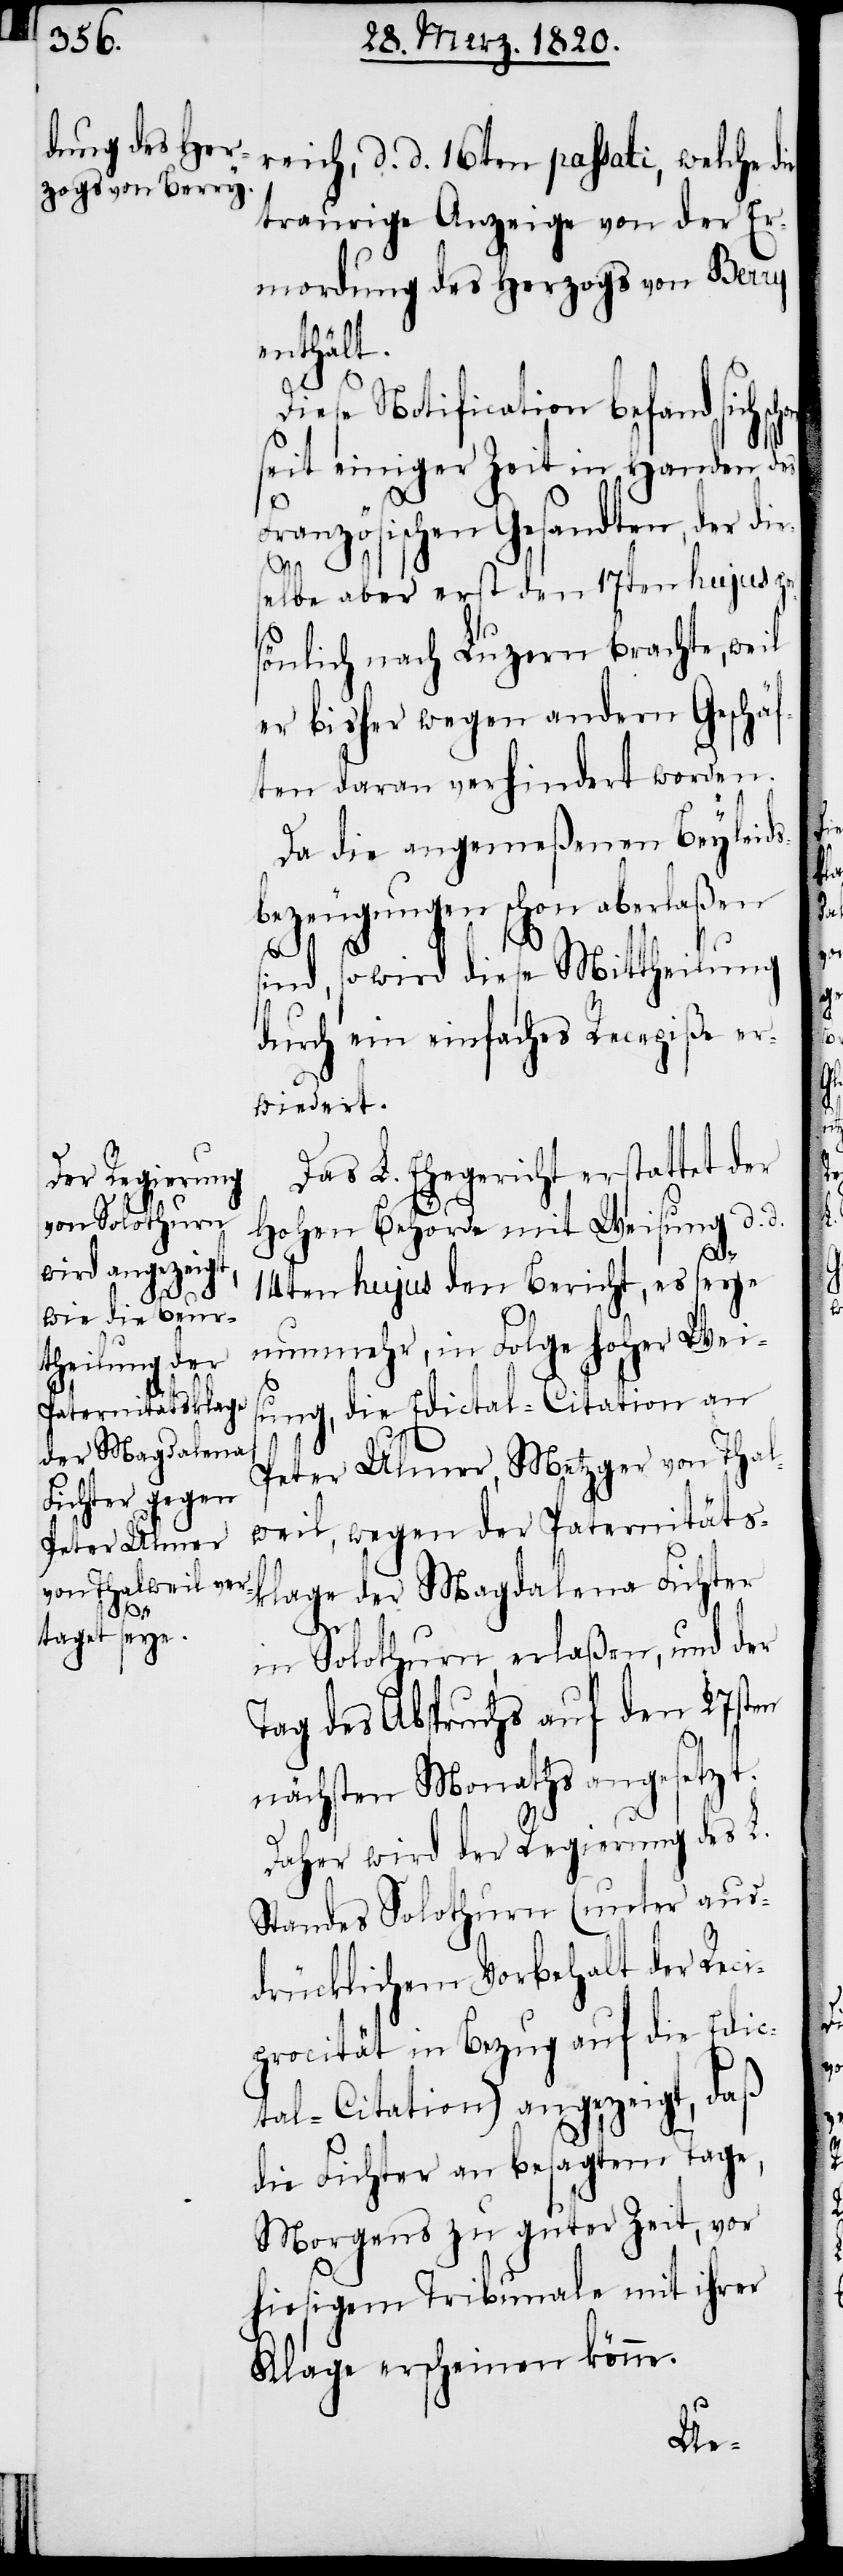
ie

reich, d. d.16ten passati, welche d¬
traurige Anzeige von der Er¬
mordung des Herzogs von Berry
enthält.
Diese Notification befand sich
seit einiger Zeit in Handen des
Französischen Gesandten, der die¬
selbe aber erst den 17ten hujus per¬
sönlich nach Luzern brachte, weil
er bisher wegen andern Geschäf¬
ten daran verhindert worden.
Da die angemeßenen Beyleids¬
bezeugungen schon aberlaßen
s¬
ind, so wird diese Mittheilung
durch ein einfaches Recepiße er¬
wiedert.
Das L. Ehegericht erstattet der
Hohen Behörde mit Weisung d. d.
14ten hujus den Bericht, es seye
nunmehr, in Folge hoher Weis¬
ung, die Edictal-Citation an
Peter Ulmer, Metzger von Thal¬
weil, wegen der Paternitäts¬
klage der Magdalena Fichter
in Solothurn, erlaßen, und der
Tag des Abspruchs auf den 27sten
nächsten Monaths angesetzt.
Daher wird der Regierung des L.
Standes Solothurn (unter aus¬
drücklichem Vorbehalt der Reci¬
procität in Bezug auf die Edic¬
tal-Citation) angezeigt, daß
die Fichter an besagtem Tage,
Morgens zu guter Zeit, vor
hiesigem Tribunale mit ihrer
Klage erscheinen könne.